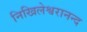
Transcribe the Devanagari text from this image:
निखिलेश्वरानन्द